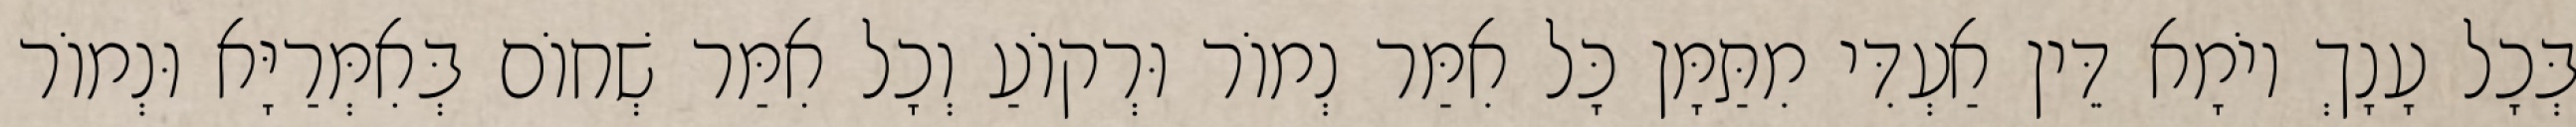
בְּכָל עָנָךְ יוֹמָא דֵּין אַעְדִּי מִתַּמָּן כָּל אִמַּר נְמוֹר וּרְקוֹעַ וְכָל אִמַּר שְׁחוֹם בְּאִמְּרַיָּא וּנְמוֹר